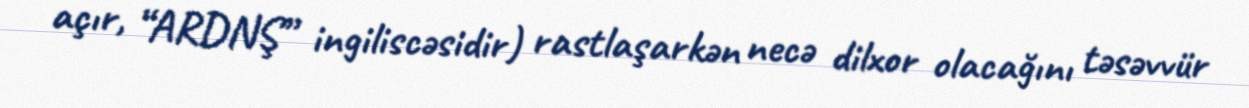
açır, “ARDNŞ” ingiliscəsidir) rastlaşarkən necə dilxor olacağını təsəvvür